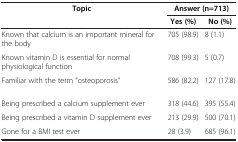
<table><thead><tr><td rowspan="2"><b>Topic</b></td><td colspan="2"><b>Answer (n=713)</b></td></tr><tr><td><b>Yes (%)</b></td><td><b>No (%)</b></td></tr></thead><tbody><tr><td>Known that calcium is an important mineral for the body</td><td>705 (98.9)</td><td>8 (1.1)</td></tr><tr><td>Known vitamin D is essential for normal physiological function</td><td>708 (99.3)</td><td>5 (0.7)</td></tr><tr><td>Familiar with the term “osteoporosis”</td><td>586 (82.2)</td><td>127 (17.8)</td></tr><tr><td>Being prescribed a calcium supplement ever</td><td>318 (44.6)</td><td>395 (55.4)</td></tr><tr><td>Being prescribed a vitamin D supplement ever</td><td>213 (29.9)</td><td>500 (70.1)</td></tr><tr><td>Gone for a BMI test ever</td><td>28 (3.9)</td><td>685 (96.1)</td></tr></tbody></table>